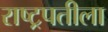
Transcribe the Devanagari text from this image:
राष्ट्रपतीला